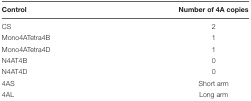
<table><thead><tr><td><b>Control</b></td><td><b>Number of 4A copies</b></td></tr></thead><tbody><tr><td>CS</td><td>2</td></tr><tr><td>Mono4ATetra4B</td><td>1</td></tr><tr><td>Mono4ATetra4D</td><td>1</td></tr><tr><td>N4AT4B</td><td>0</td></tr><tr><td>N4AT4D</td><td>0</td></tr><tr><td>4AS</td><td>Short arm</td></tr><tr><td>4AL</td><td>Long arm</td></tr></tbody></table>